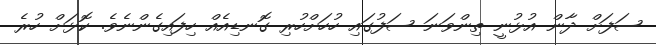
ސަފަށް ދާން އުޅުނީ ތިންވަނަ ސަފުގައި ހުހަށްހުރި ގޮނޑިއެއް ހިފައިގެންނެވެ. ކޮޅަށް ހުރެ